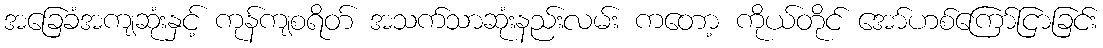
အခြေခံအကျဆုံးနှင့် ကုန်ကျစရိတ် အသက်သာဆုံးနည်းလမ်း ကတော့ ကိုယ်တိုင် အော်ဟစ်ကြော်ငြာခြင်း